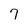
Character: 7